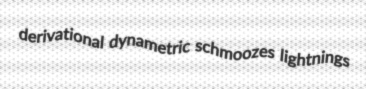
derivational dynametric schmoozes lightnings